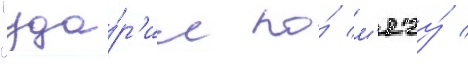
"уда́р'ил по́ м'ячу́ /